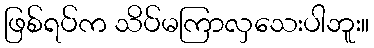
ဖြစ်ရပ်က သိပ်မကြာလှသေးပါဘူး။